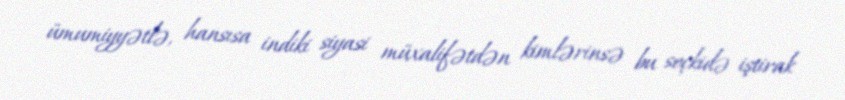
ümumiyyətlə, hansısa indiki siyasi müxalifətdən kimlərinsə bu seçkidə iştirak